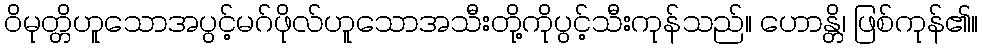
ဝိမုတ္တိဟူသောအပွင့်မဂ်ဖိုလ်ဟူသောအသီးတို့ကိုပွင့်သီးကုန်သည်။ ဟောန္တိ၊ ဖြစ်ကုန်၏။